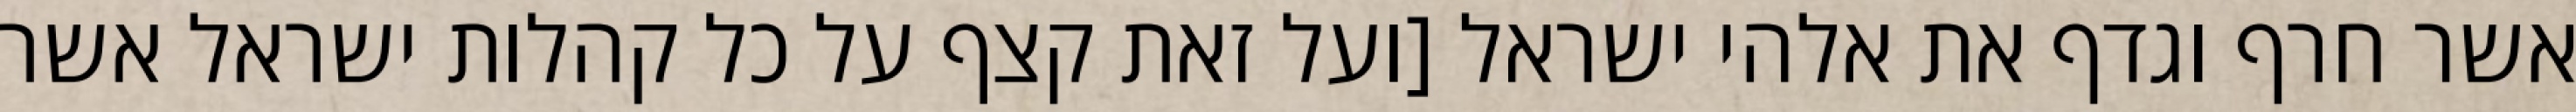
אשר חרף וגדף את אלהי ישראל [ועל זאת קצף על כל קהלות ישראל אשר